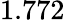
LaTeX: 1.772